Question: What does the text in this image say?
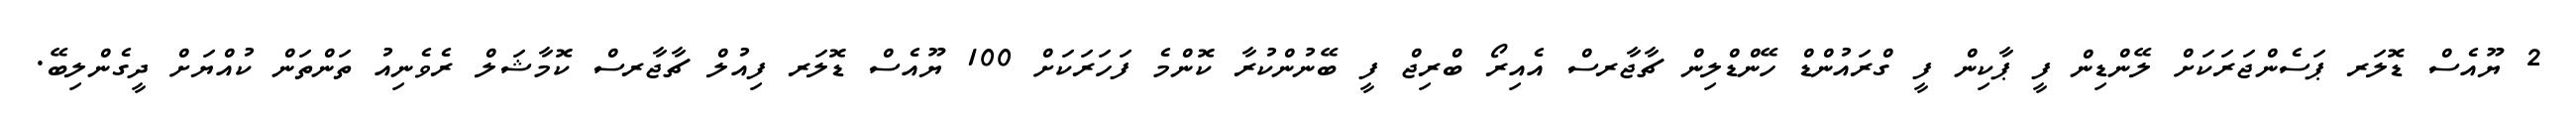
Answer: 2 ޔޫއެސް ޑޮލަރ ޕަސެންޖަރަކަށް ލޭންޑިން ފީ ޕާކިން ފީ ގްރައުންޑް ހޭންޑްލިން ޗާޖާރސް އެއިރޯ ބްރިޖް ފީ ބޭނުންކުރާ ކޮންމެ ފަހަރަކަށް 100 ޔޫއެސް ޑޮލަރ ފިއުލް ޗާޖާރސް ކޮމާޝަލް ރެވެނިއު ތަންތަން ކުއްޔަށް ދީގެންލިބޭ.